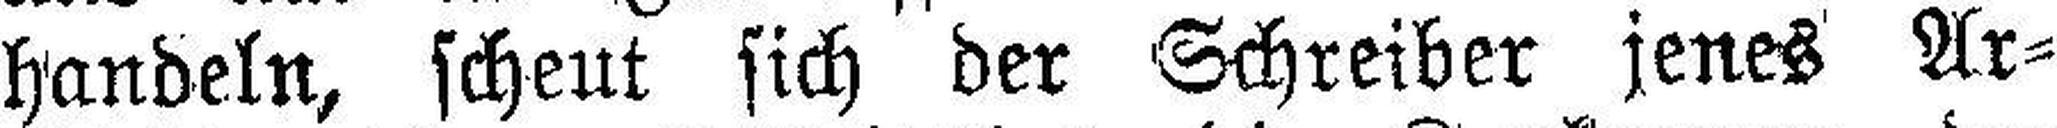
handeln, scheut sich der Schreiber jenes Ar¬